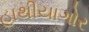
હાથીયાગોર